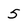
Character: 5